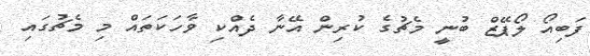
ފަބިއޯ ލޯޕޭޒް ބުނީ މެޗުގެ ކުރިން އޭނާ ދެއްކި ވާހަކަތައް މި މެޗުގައި